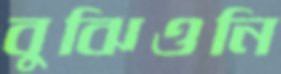
বুঝিওনি